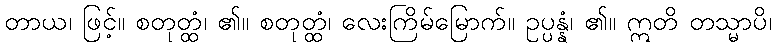
တာယ၊ ဖြင့်။ စတုတ္ထံ၊ ၏။ စတုတ္ထံ၊ လေးကြိမ်မြောက်။ ဥပ္ပန္နံ၊ ၏။ ဣတိ တသ္မာပိ၊